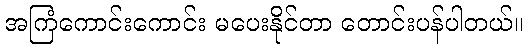
အကြံကောင်းကောင်း မပေးနိုင်တာ တောင်းပန်ပါတယ်။